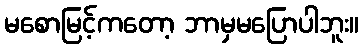
မစောမြင့်ကတော့ ဘာမှမပြောပါဘူး။